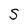
Character: S